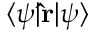
\langle \psi | \mathbf { \hat { r } } | \psi \rangle